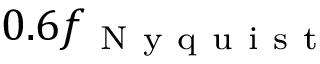
0 . 6 f _ { \mathrm { ~ N ~ y ~ q ~ u ~ i ~ s ~ t ~ } }